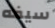
سيفه